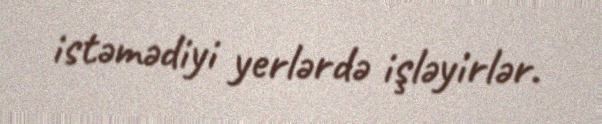
istəmədiyi yerlərdə işləyirlər.